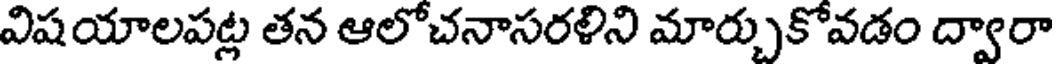
విషయాలపట్ల తన ఆలోచనాసరళిని మార్చుకోవడం ద్వారా